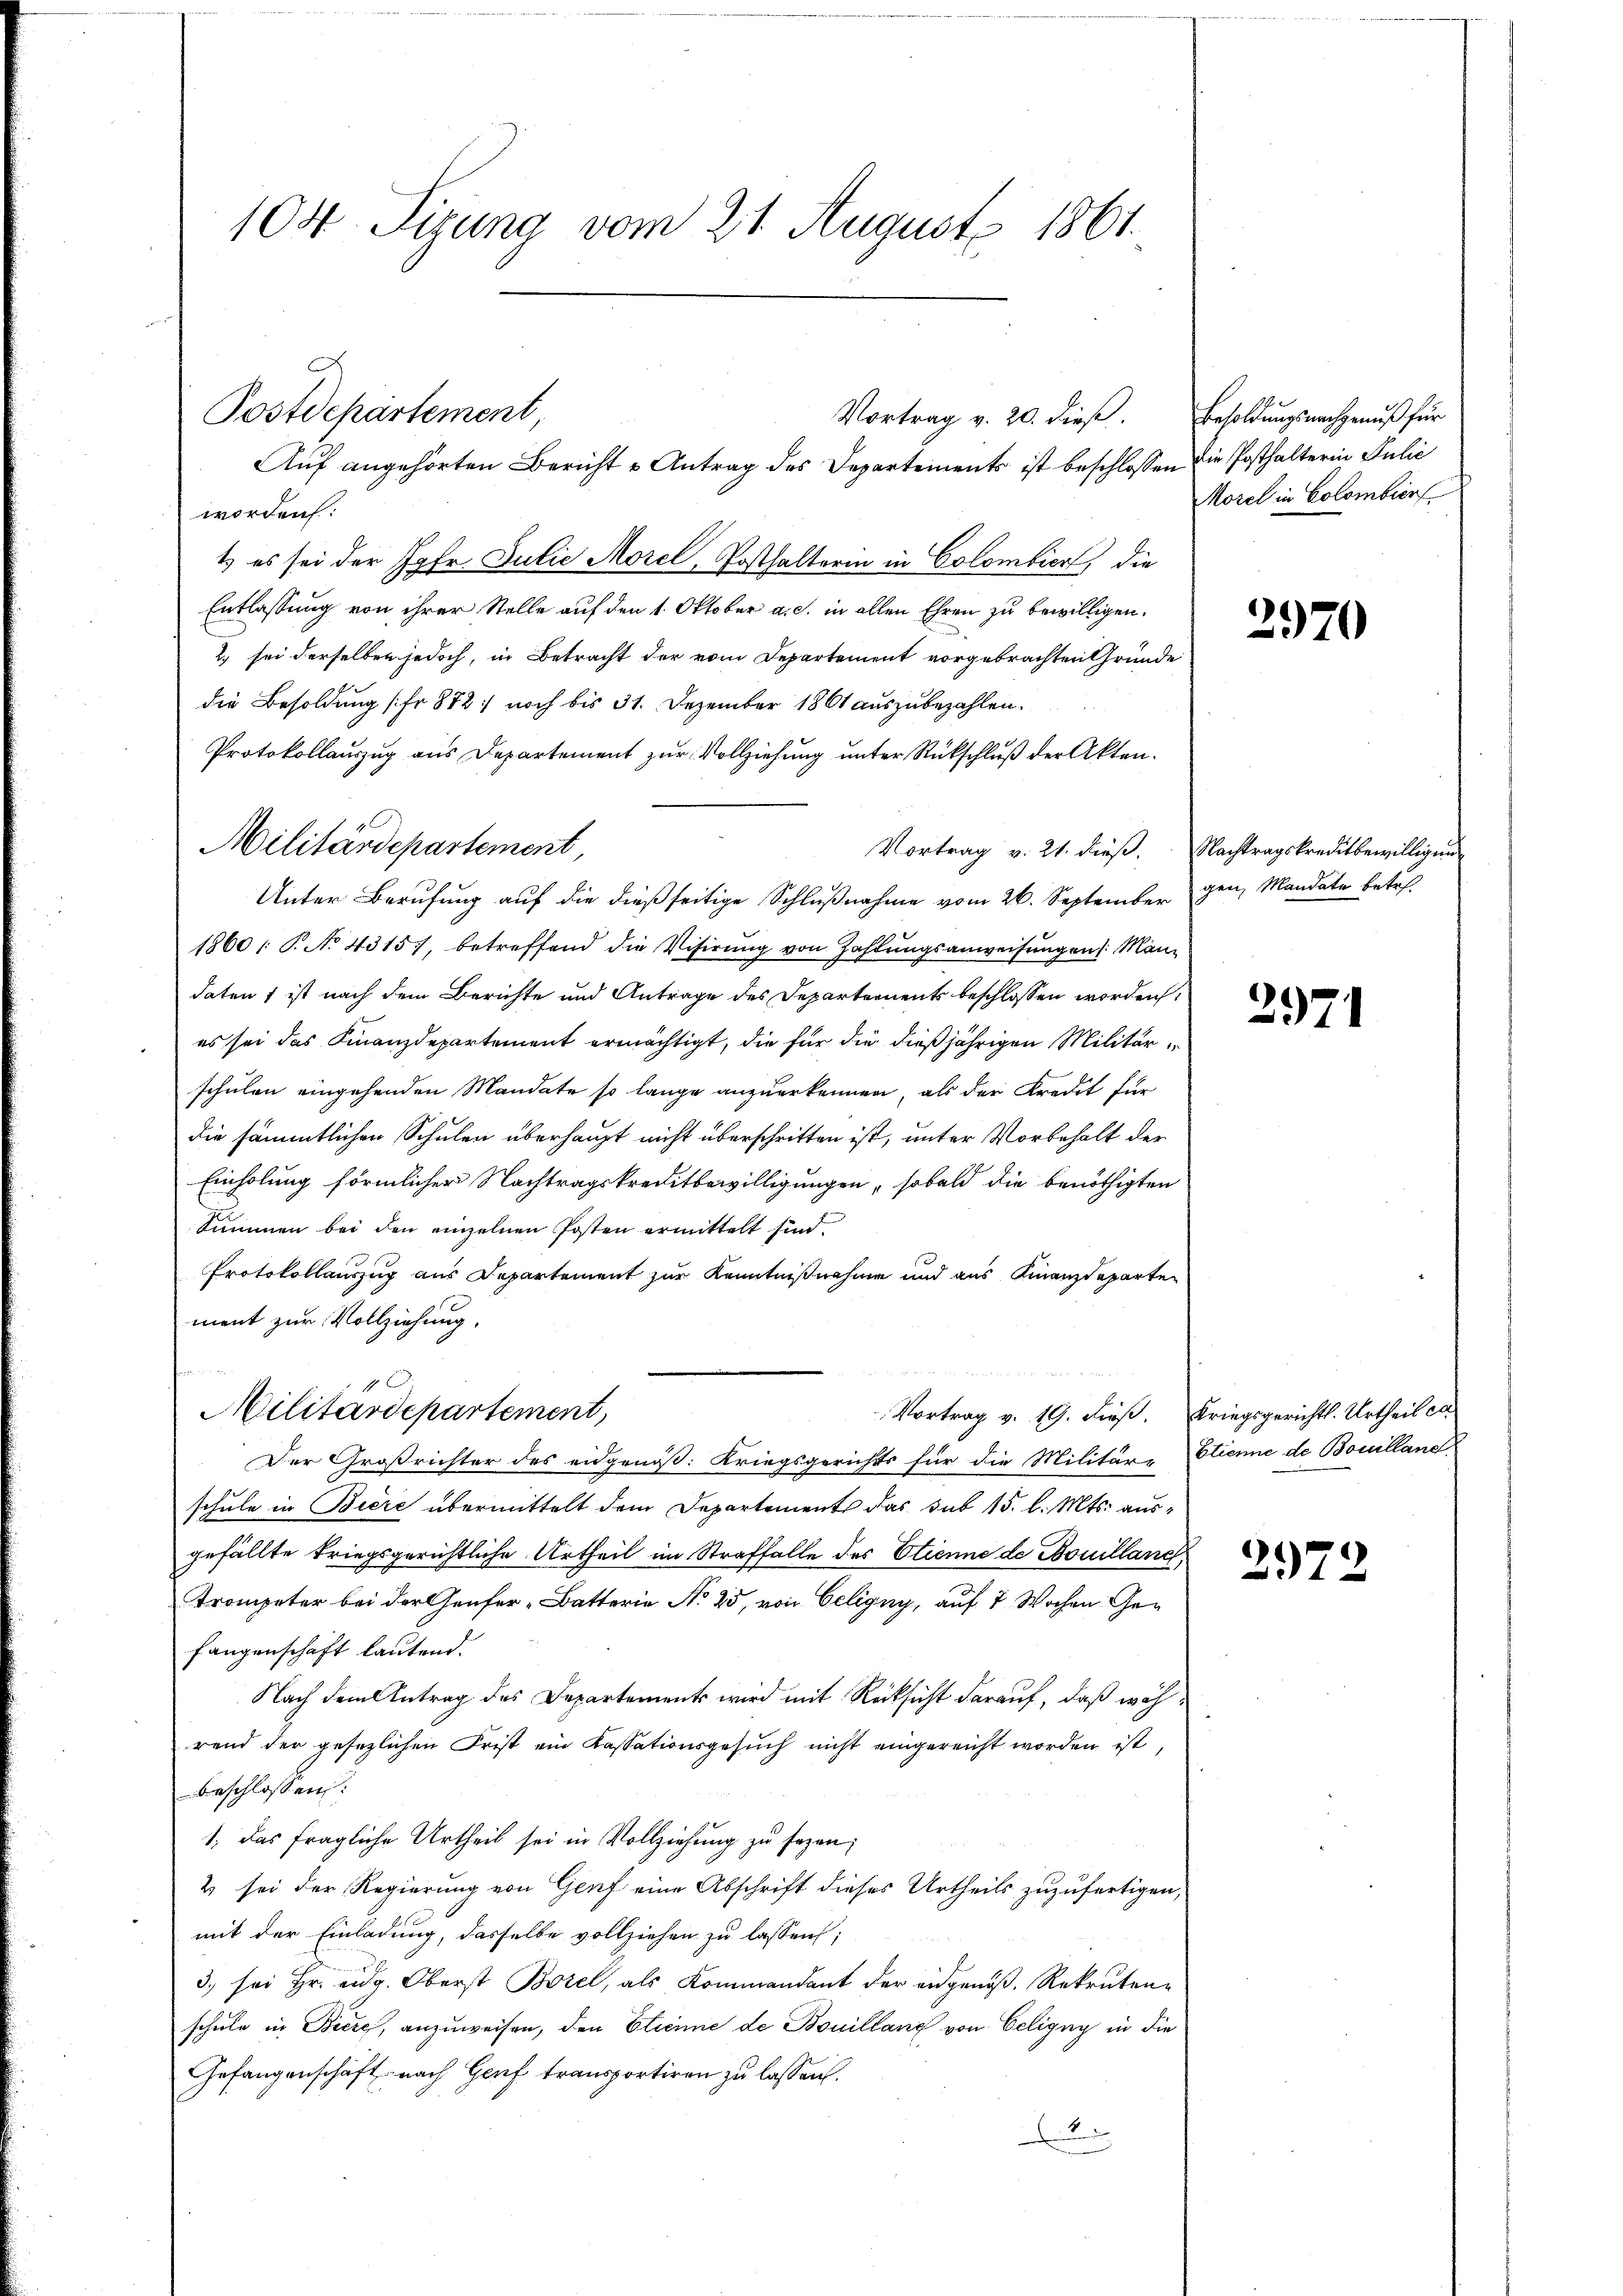
104. Sizung vom 21. August 1861.

worden:
t) es sei der Jahr. Julie Morel, Posthalterin in Colombier, die
Entlassung von ihrer Stelle auf den 1. Oktober a. c. in allen Ehren zu bewilligen.
2) sei derselben jedoch, in Betracht der vom Departement vorgebrachten Gründe
die Besoldung (fr 872: noch bis 31. Dezember 1861 auszubezahlen.
Protokollauszug aus Departement zur Vollziehung unter Rückschluß der Akten.
Vortrag v. 21. dieß. Nachtragskreditbewilligung
Unter Berufung auf die dießseitige Schlußnahme vom 26. September
1860 /: P. No 4315, betreffend die Visirung von Zahlungsanweisungen Mändaten ist nach dem Berichte und Antrage des Departements beschlossen worden,
es sei das Finanzdepartement ermächtigt, die für die dießjährigen Militärschulen eingehenden Mandate so lange anzuerkennen, als der Kredit für
die sämmtlichen Schulen überhaupt nicht überschritten ist, unter Vorbehalt der
Einholung förmlicher Nachtragskreditbewilligungen, sobald die benöthigten
Summen bei den einzelnen Posten ermittelt sind.
Protokollauszug aus Departement zur Kenntnißnahme und aus Finanzdeparten
ment zur Vollziehung.
Militärdepartement,
Vortrag v. 19. dieß. Kriegsgerichtl. Urtheil et
Der Großrichter des eidgenöß: Kriegsgerichts für die Militäre Etienne de Bouilland
schule in Biere übermittelt dem Departement das sub 15. l. Mts. ausgefällte kriegsgerichtliche Urtheil im Straffalle des Etienne de Bouilland,
trompeter bei der Genfer-Batterie No 25, von Celigny, auf 7 Wochen Gefangenschaft lautend.
Nach dem Antrag des Departements wird mit Rücksicht darauf, daß während der gesezlichen Frist ein Kassationsgesŭch nicht eingereicht worden ist,
beschlossen:
1. Das fragliche Urtheil sei in Vollziehung zu sezen;
2 sei der Regierung von Genf eine Abschrift dieses Urtheils zuzufertigen,
mit der Einladung, dasselbe vollziehen zu lassen;
3. sei Hr. eidg. Oberst Borel, als Kommandant der eidgenöß, Rekruten-
schule in Biere, anzuweisen, den Etienne de Bouillang von Celigny in die
Gefangenschaft nach Genf transportiren zu lassen.
.

Postdepartement,
Vortrag v. 20. dies. Besoldungsnachgenuß für
Auf angehörten Bericht u Antrag des Departements ist beschlossen die Posthalterin Julie

Militärdepartement,

Morel in Colombiens

2970

gen, Mandate betr.

2971

2972